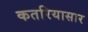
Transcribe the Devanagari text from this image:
कतरियासार